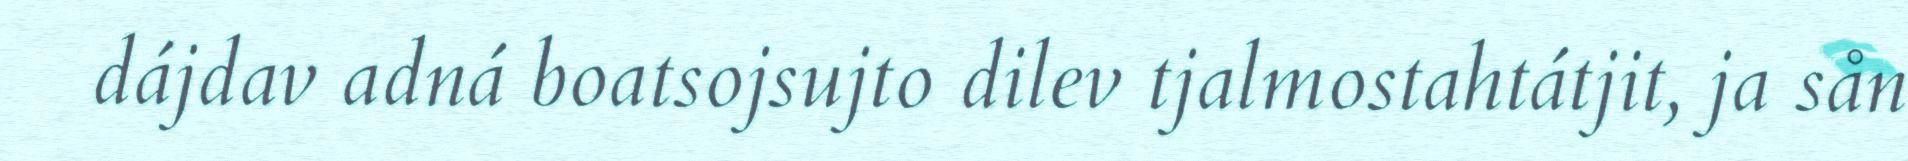
dájdav adná boatsojsujto dilev tjalmostahtátjit, ja sån